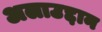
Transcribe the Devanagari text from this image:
अलाउद्दान